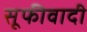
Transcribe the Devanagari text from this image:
सूफीवादी